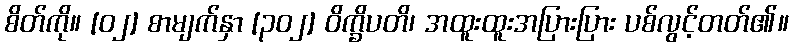
စိတ်ကို။ [၀၂] စာမျက်နှာ [၃၀၂] ဝိက္ခိပတိ၊ အထူးထူးအပြားပြား ပစ်လွင့်တတ်၏။